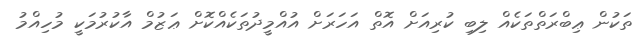
ތަކުން ޢިބްރަތްތަކެއް ލިބި ކުރިއަށް އޮތް އަހަރަށް އުއްމީދުތަކެއްކޮށް ޢަޒުމް އާކުރުމަކީ މުހިއްމު